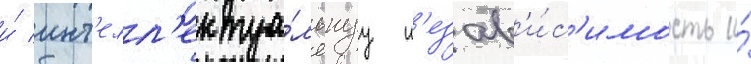
и́ инт'елл'ектуа́льнуу н'езав'и́с'имость и́